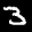
Label: 3